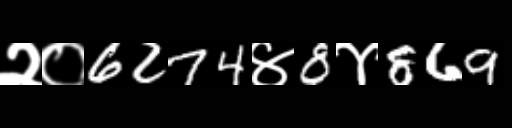
Text: २०6274४8४869